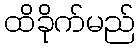
ထိခိုက်မည်